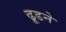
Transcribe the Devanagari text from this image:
ढूडने